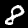
Digit: 8